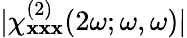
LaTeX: \lvert\chi_{\mathbf{x}\mathbf{x}\mathbf{x}}^{(2)}(2\omega;\omega,\omega)\rvert